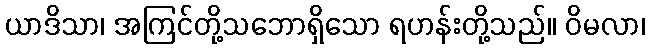
ယာဒိသာ၊ အကြင်တို့သဘောရှိသော ရဟန်းတို့သည်။ ဝိမလာ၊